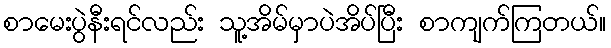
စာမေးပွဲနီးရင်လည်း သူ့အိမ်မှာပဲအိပ်ပြီး စာကျက်ကြတယ်။